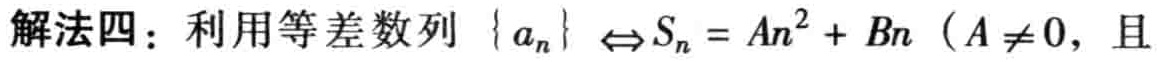
解法四：利用等差数列\(\{ a_{n}\} \Leftrightarrow S_{n}=An^{2}+Bn\)（\(A\neq 0\)，且